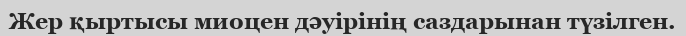
Жер қыртысы миоцен дәуірінің саздарынан түзілген.